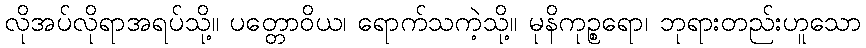
လိုအပ်လိုရာအရပ်သို့။ ပတ္တောဝိယ၊ ရောက်သကဲ့သို့။ မုနိကုဉ္စရော၊ ဘုရားတည်းဟူသော